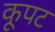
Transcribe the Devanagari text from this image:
कूपट